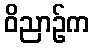
ဝိညာဉ်က